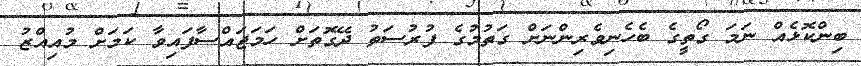
ބިންކޮޅެއް ނަމަ ގޯތީގެ ބެހެނިވެރިންނަށް ގަތުމުގެ ފުރުސަތު ދޭގޮތަށް ހަމަޖައްސާފައިވާ ކަމަށް މުއިއްޒު